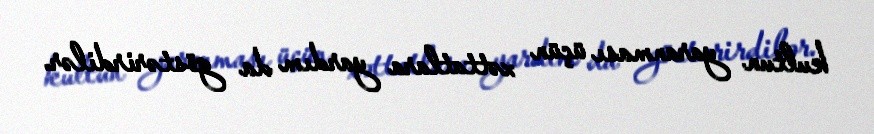
kultun yaranması üçün xəttatlara yardım da göstərirdilər.